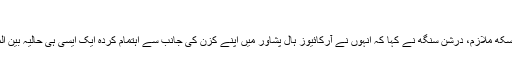
"
کے پی محکمۂ ایکسائز کے ایک سکھ ملازم، درشن سنگھ نے کہا کہ انہوں نے آرکائیوز ہال پشاور میں اپنے کزن کی جانب سے اہتمام کردہ ایک ایسی ہی حالیہ بین المذاہب تقریب میں شرکت کی تھی۔